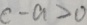
c - a > 0